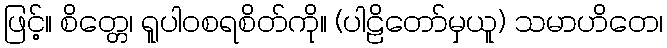
ဖြင့်။ စိတ္တေ၊ ရူပါဝစရစိတ်ကို။ (ပါဠိတော်မှယူ) သမာဟိတေ၊